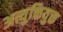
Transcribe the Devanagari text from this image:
अत्युक्तियुक्त